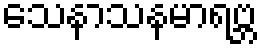
သေနာသနမာရဗ္ဘ